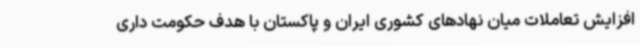
افزایش تعاملات میان نهادهای کشوری ایران و پاکستان با هدف حکومت داری